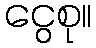
ငွေစု။